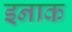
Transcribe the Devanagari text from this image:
इनाक